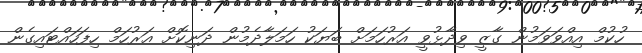
ހުކުމް އިއްވަވަމުން ގާޒީ ވިދާޅުވީ އަރުހަމަށް ބަޔަކު ހަމަލާދެމުން ދަނިކޮށް އަރުހަމް ހިފަހައްޓައިގެން